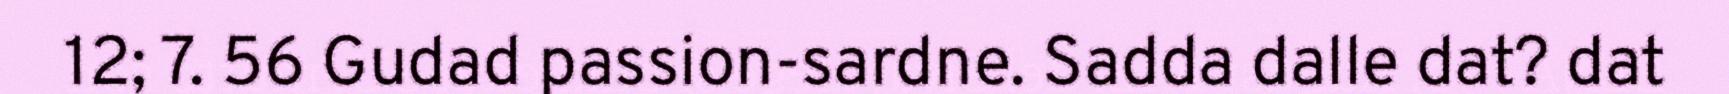
12; 7. 56 Gudad passion-sardne. Sadda dalle dat? dat